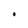
Character: O